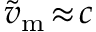
\widetilde { v } _ { \mathrm { m } } \! \approx \! c